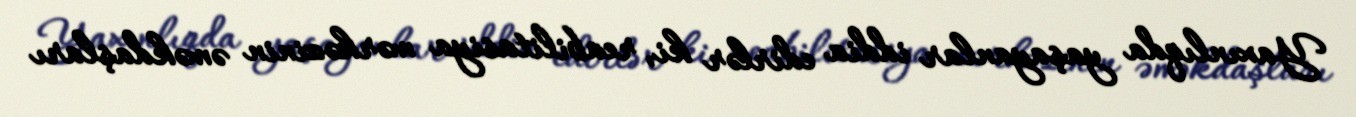
Yaxınlıqda yaşayanlar iddia edirlər ki, reabilitasiya mərkəzinin əməkdaşları